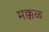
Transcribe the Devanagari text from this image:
मक्कळ